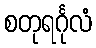
စတုရင်္ဂုလံ